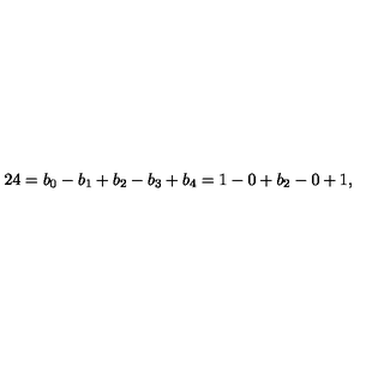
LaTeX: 2 4 = b _ { 0 } - b _ { 1 } + b _ { 2 } - b _ { 3 } + b _ { 4 } = 1 - 0 + b _ { 2 } - 0 + 1 ,